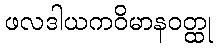
ဖလဒါယကဝိမာနဝတ္ထု